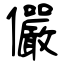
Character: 儼